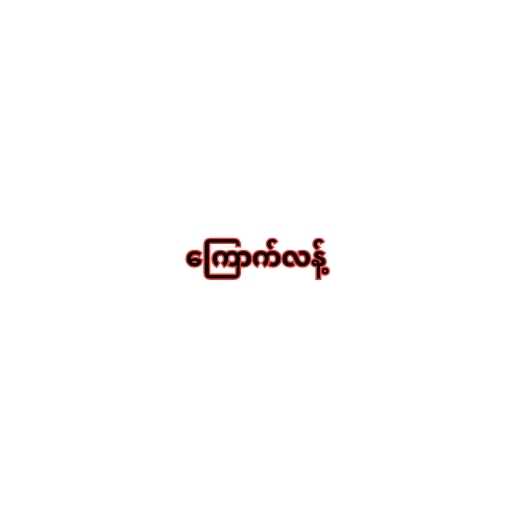
ကြောက်လန့်